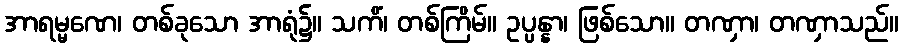
အာရမ္မဏေ၊ တစ်ခုသော အာရုံ၌။ သကိံ၊ တစ်ကြိမ်။ ဥပ္ပန္နာ၊ ဖြစ်သော။ တဏှာ၊ တဏှာသည်။